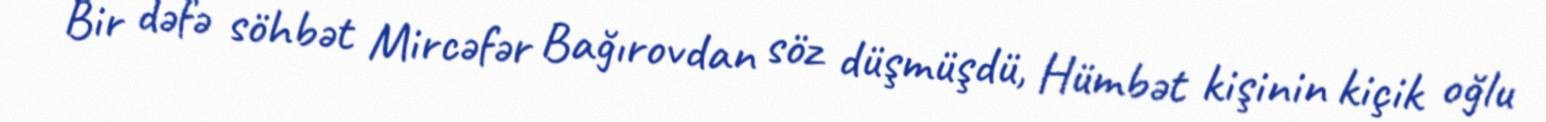
Bir dəfə söhbət Mircəfər Bağırovdan söz düşmüşdü, Hümbət kişinin kiçik oğlu